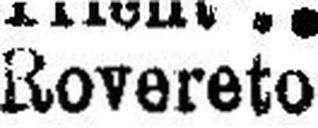
Rovereto